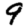
Digit: 9